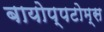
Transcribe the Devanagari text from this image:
बायोप्पटोम्स